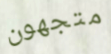
متجهون